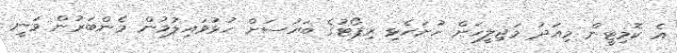
އެ ކޮމިޓީން މިއަދު މަޖިލީހަށް ހުށަހެޅި ރިޕޯޓުގެ ބަހުސަށް ހުޅުވައިލުމުން މެންބަރުން ވަނީ